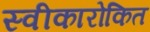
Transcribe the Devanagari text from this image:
स्वीकारोकित